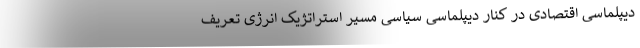
دیپلماسی اقتصادی در کنار دیپلماسی سیاسی مسیر استراتژیک انرژی تعریف